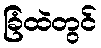
ခြံထဲတွင်